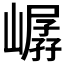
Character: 𪩖